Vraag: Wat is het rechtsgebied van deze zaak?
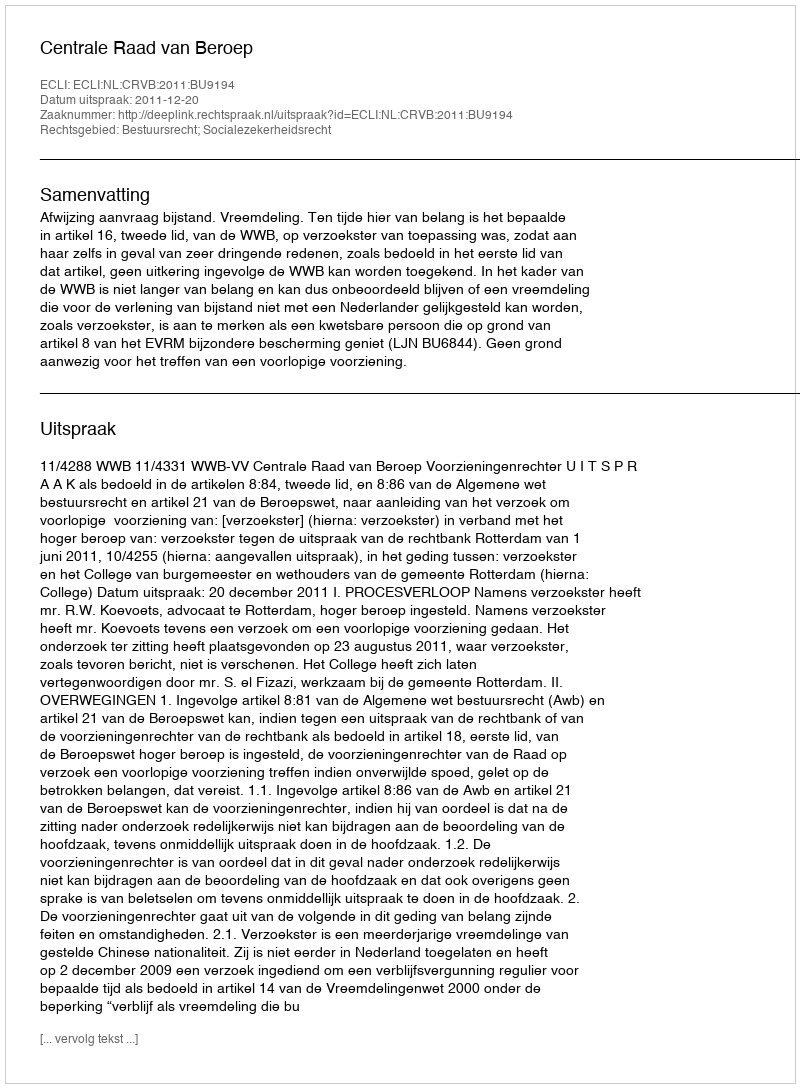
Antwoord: Bestuursrecht; Socialezekerheidsrecht